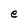
Character: e